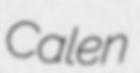
Calen